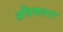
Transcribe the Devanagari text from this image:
अधिकतार